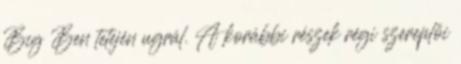
Big Ben tetején ugrál. A korábbi részek régi szereplői